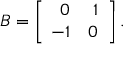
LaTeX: B = \left[ { \begin{array} { r r } { 0 } & { 1 } \\ { \! - 1 } & { 0 } \end{array} } \right] .